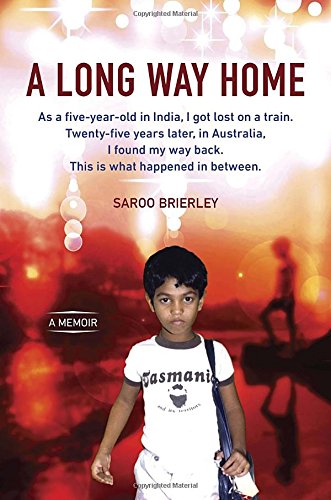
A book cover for A Long Way Home: A Memoir; Saroo Brierley; Biographies & Memoirs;